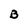
Character: B